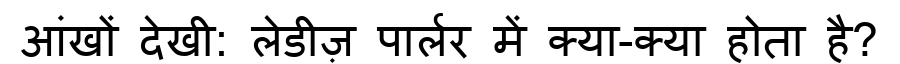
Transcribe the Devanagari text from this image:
आंखों देखी: लेडीज़ पार्लर में क्या-क्या होता है?